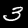
Label: 3